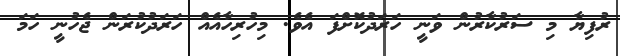
ރުފިޔާ މި ސަރުކާރުން ވަނީ ހަރަދުކޮށްފަ އެވެ. މިހުރިހާއެއް ހަރަދުކުރަން ޖެހުނީ ހަމަ